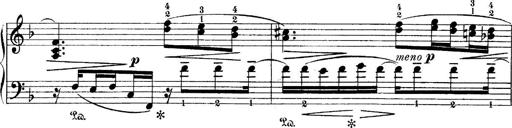
Title: 4 Sonatines
Composer: Max Reger